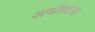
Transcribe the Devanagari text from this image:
अवशिष्टांश